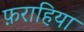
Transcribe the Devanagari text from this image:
फ़राहिया